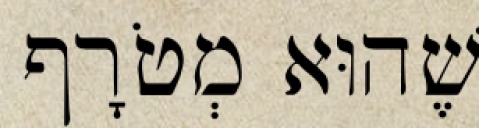
שֶׁהוּא מְטֹרָף